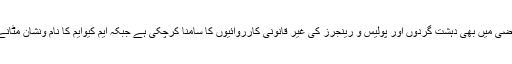
انھوں نے کہا کہ تاریخ گواہ ہے کہ ایم کیوایم ماضی میں بھی دہشت گردوں اور پولیس و رینجرز کی غیر قانونی کارروائیوں کا سامنا کرچکی ہے جبکہ ایم کیوایم کا نام ونشان مٹانے والے خود ہی صفحہ ہستی سے مٹ چکے ہیں۔